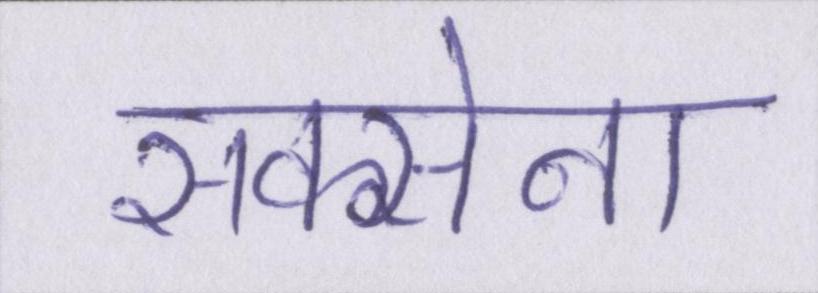
सक्सेना